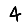
Digit: 4